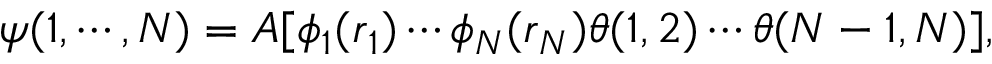
\psi ( 1 , \cdots , N ) = { \cal A } [ \phi _ { 1 } ( \boldsymbol { r } _ { 1 } ) \cdots \phi _ { N } ( \boldsymbol { r } _ { N } ) \theta ( 1 , 2 ) \cdots \theta ( N - 1 , N ) ] ,